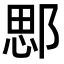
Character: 𨜐